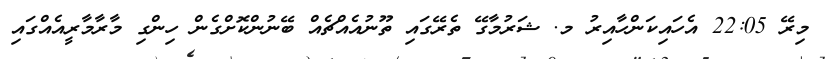
މިރޭ 22:05 އެހައިކަންހާއިރު މ. ޝަރުމާގޭ ތެރޭގައި ތޫނުއެއްޗެއް ބޭނުންކޮށްގެން ހިންގި މާރާމާރީއެއްގައި